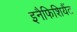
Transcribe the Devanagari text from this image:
इनैफिशियैंट